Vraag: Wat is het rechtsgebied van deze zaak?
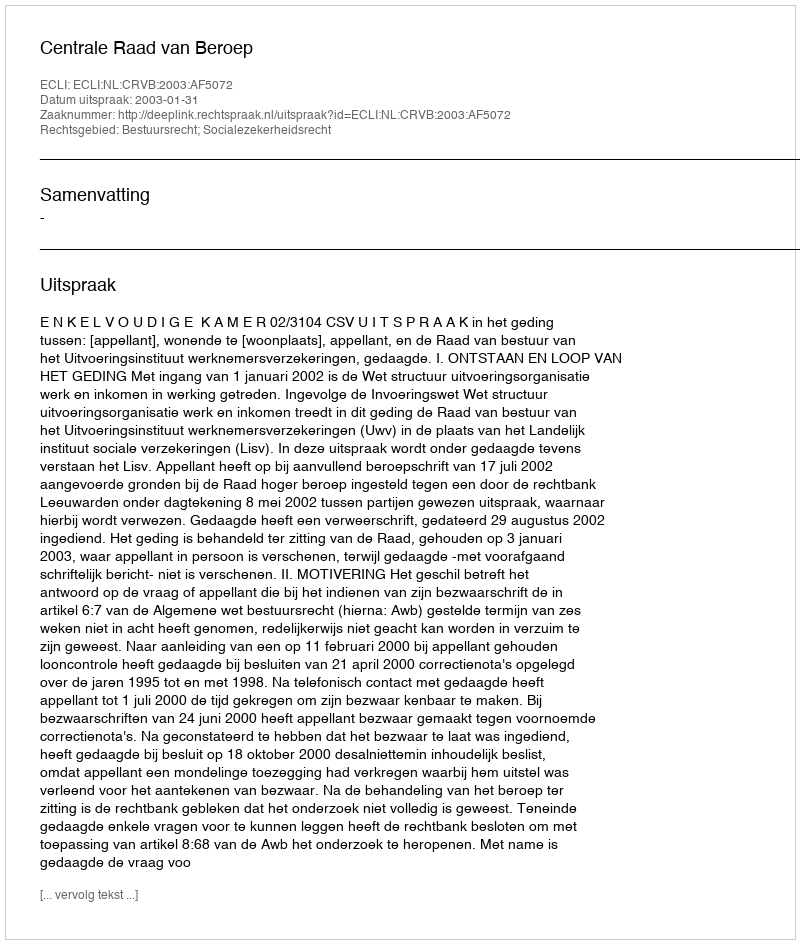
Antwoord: Bestuursrecht; Socialezekerheidsrecht